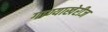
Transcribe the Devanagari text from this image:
गाण्याखेरीज